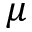
\mu